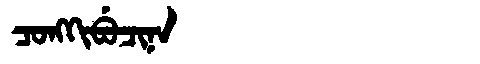
Manchu: ᠴᠣᠩᡴᡳᠪᡠᠴᡳᠨᠠ
Romanization: CONGKIBUCINA